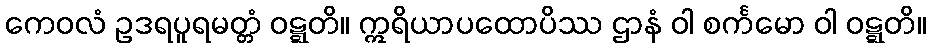
ကေဝလံ ဥဒရပူရမတ္တံ ဝဋ္ဋတိ။ ဣရိယာပထောပိဿ ဌာနံ ဝါ စင်္ကမော ဝါ ဝဋ္ဋတိ။